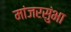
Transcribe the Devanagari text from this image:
मांजरसुंभा